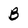
Character: B